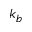
k _ { b }